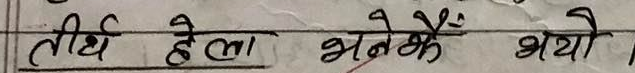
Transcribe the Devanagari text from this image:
तीर्थ हेला भनेकै भयो